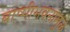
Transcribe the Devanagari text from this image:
बाष्पीभवनामुळे